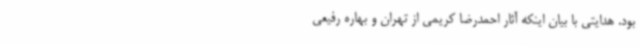
بود. هدایتی با بیان اینکه آثار احمدرضا کریمی از تهران و بهاره رفیعی